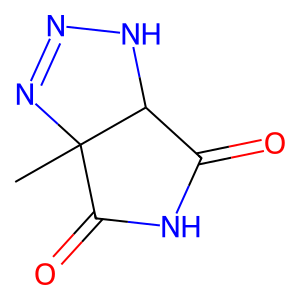
SMILES: CC12N=NNC1C(=O)NC2=O
Inhibits HIV replication: No